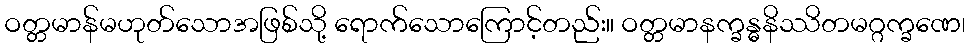
ဝတ္တမာန်မဟုတ်သောအဖြစ်သို့ ရောက်သောကြောင့်တည်း။ ဝတ္တမာနက္ခန္ဓနိဿိတမဂ္ဂက္ခဏေ၊